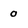
Character: 0